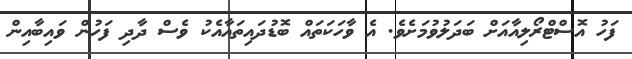
ފަހު އޮސްޓްރޯލިއާއަށް ބަދަލުވުމަށެވެ. އެ ވާހަކަތައް ބޮޑުދައިތައާއެކު ވެސް ދާދި ފަހުން ވައިބާއިން